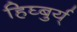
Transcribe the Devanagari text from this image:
हिघ्बुर्य्